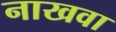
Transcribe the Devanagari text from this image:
नाखवा